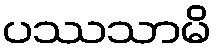
ပဿသာမိ